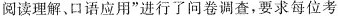
阅读理解、口语应用”进行了问卷调查，要求每位考